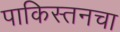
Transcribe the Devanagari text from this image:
पाकिस्तनचा